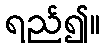
ရည်၍။